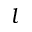
l